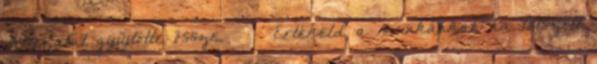
változatát gyűjtötte össze. ̶◉͛‿◉̶ Értékeld a munkánkat, ha tetszett